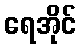
ရေအိုင်